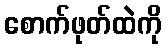
စောက်ဖုတ်ထဲကို